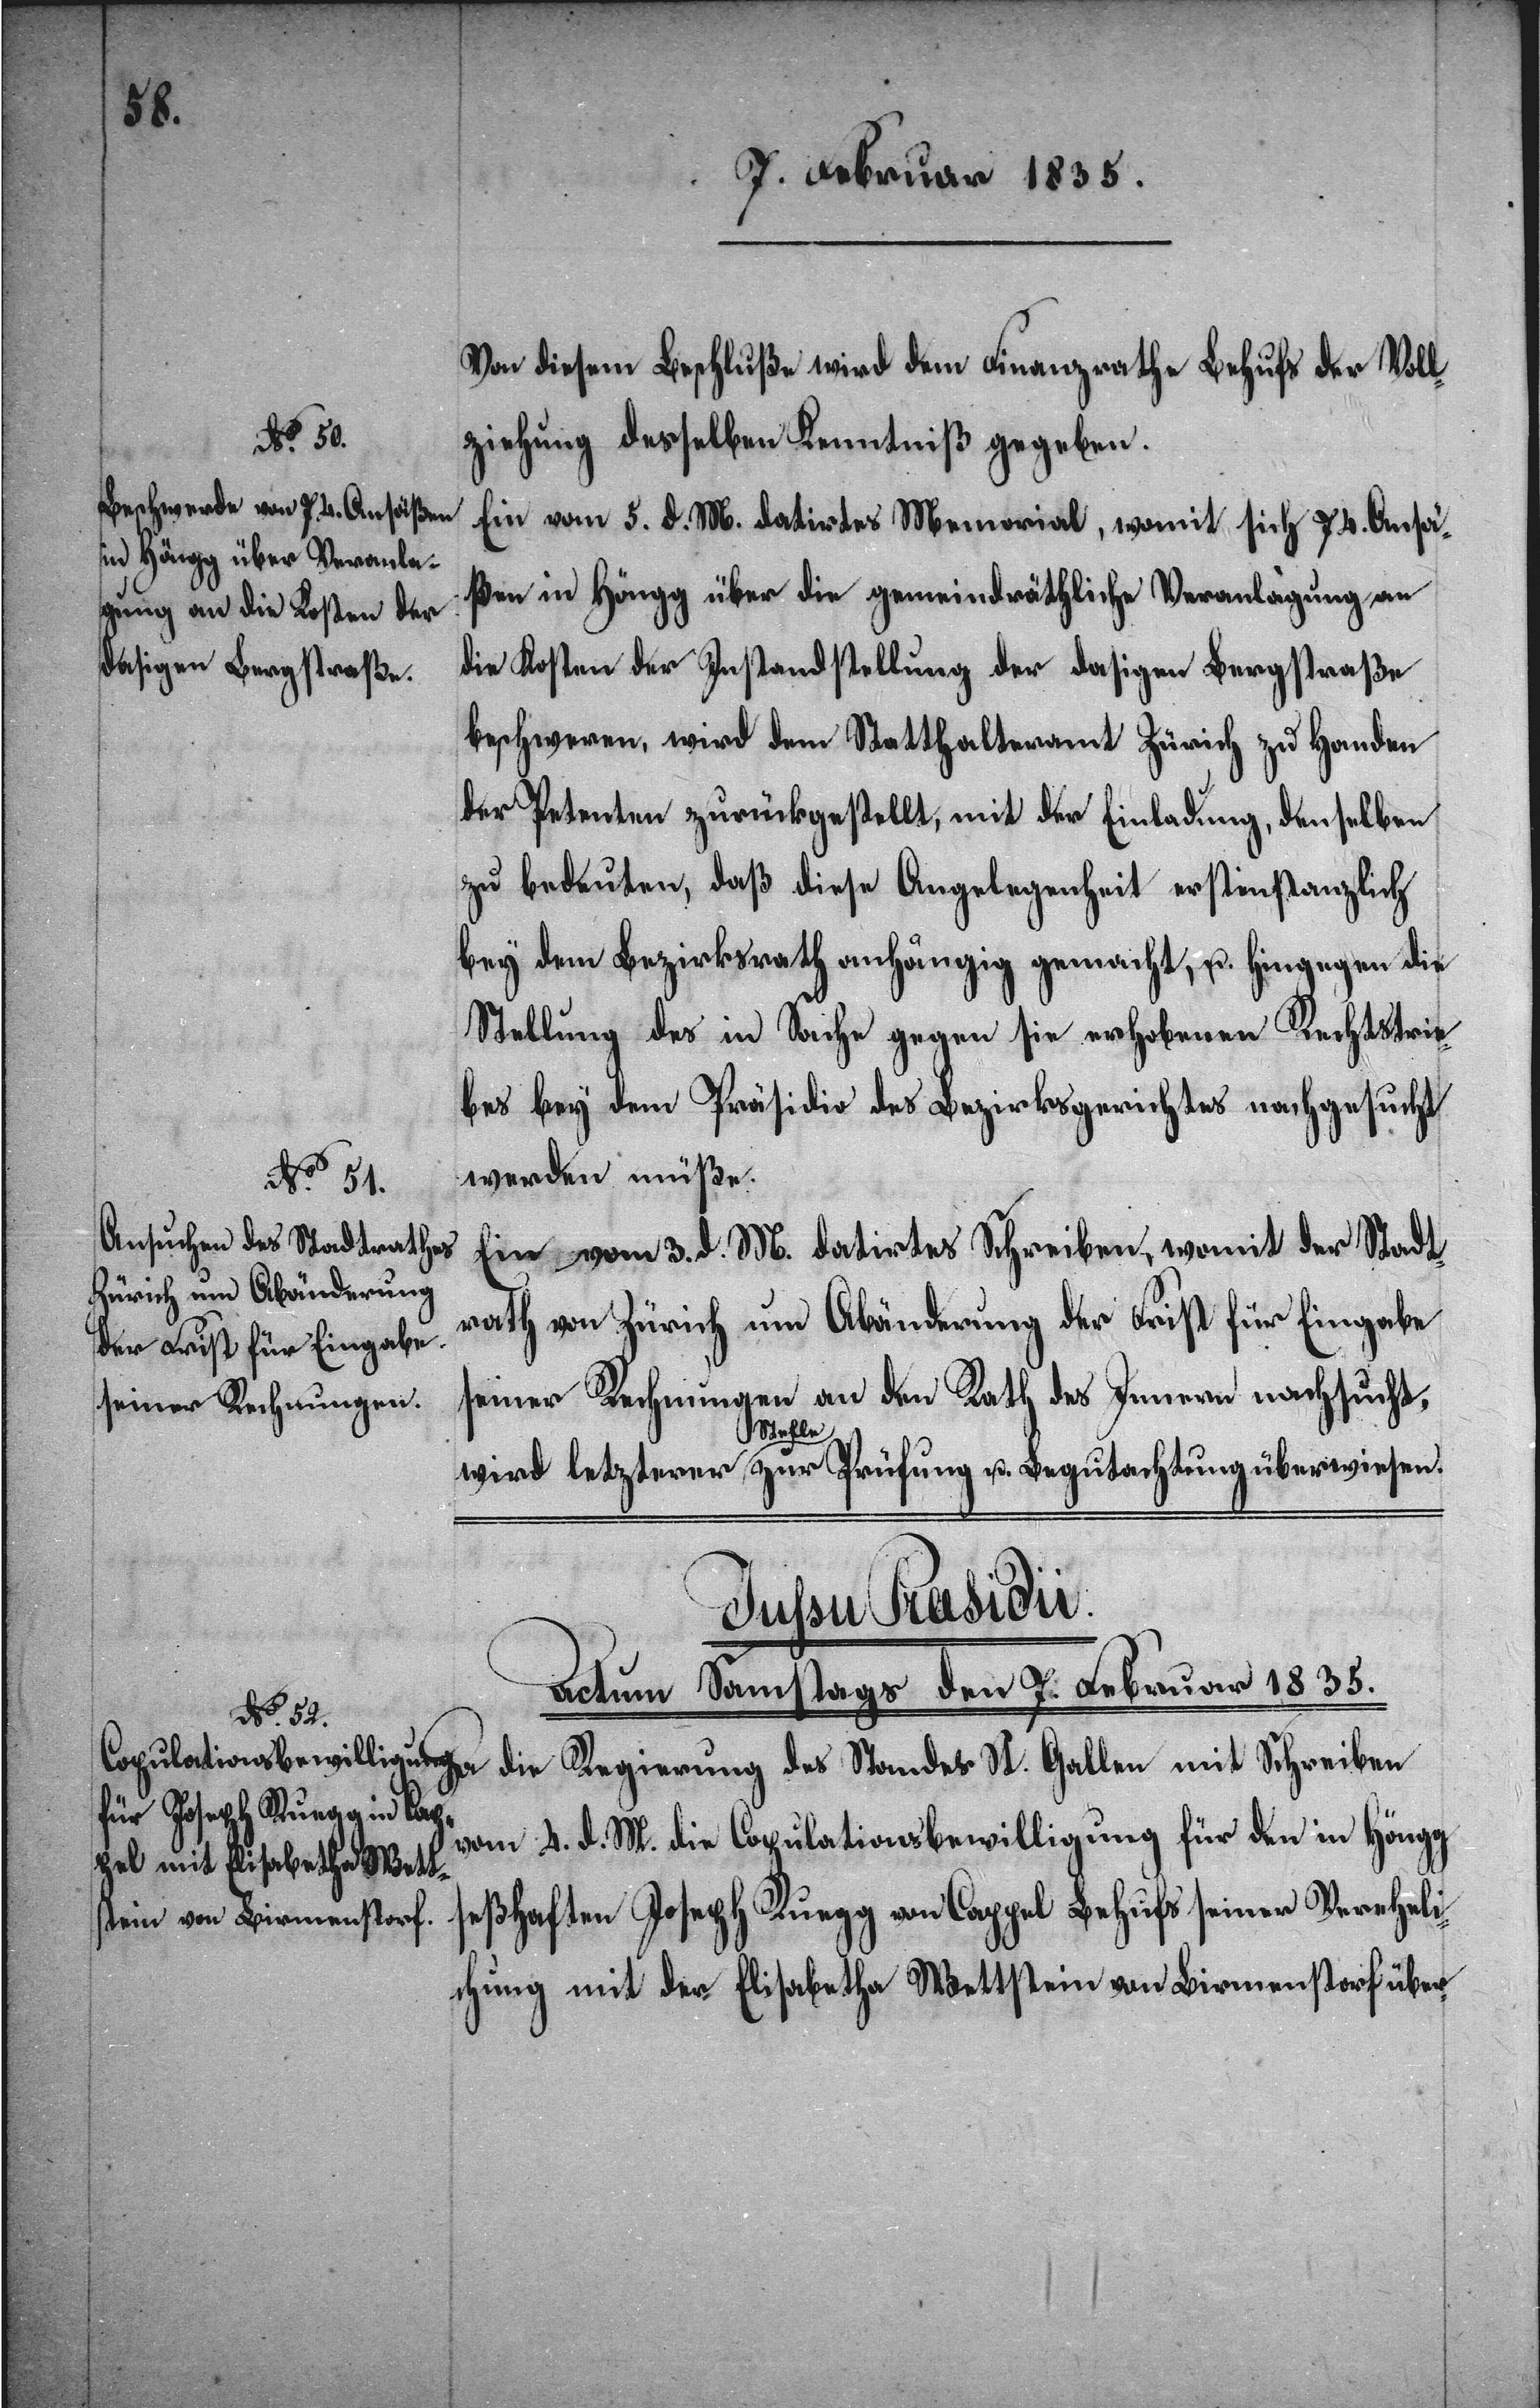
St.
Von diesem Beschluße wird dem Finanzrathe Behufs der Voll¬
ziehung desselben Kenntniß gegeben.
Ein vom 5. d. M. datirtes Memorial, womit sich 74. Ansä¬
ßen in Höngg über die gemeindräthliche Veranlagung an
die Kosten der Instandstellung der dasigen Bergstraße
beschweren, wird dem Statthalteramt Zürich zu Handen
der Petenten zurückgestellt, mit der Einladung, denselben
zu bedeuten, daß diese Angelegenheit erstinstanzlich
bey dem Bezirksrath anhängig gemacht, u. hingegen die
Stellung des in Sache gegen sie erhobenen Rechtstrie¬
bes bey dem Präsidio des Bezirksgerichtes nachgesucht
werden müße.
Ein vom 3. d. M. datirtes Schreiben, womit der Stadt¬
rath von Zürich um Abänderung der Frist für Eingabe
seiner Rechnungen an den Rath des Innern nachsucht,
Gallen
die Regierung
Actum Samstags den 7. Februar 1835.
u. Beg¬
vom 4. d. M. die Copulationsbewilligung für den in Höngg
seßhaften Joseph Ruegg von Cappel Behufs seiner Vereheli¬
chung mit der Elisabetha Wettstein von Birmenstorf über-